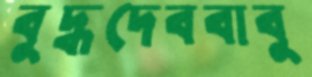
বুদ্ধদেববাবু